65_HS1-834228961_62-HQ-83894_Section_6
Agency: FBI
Page 210
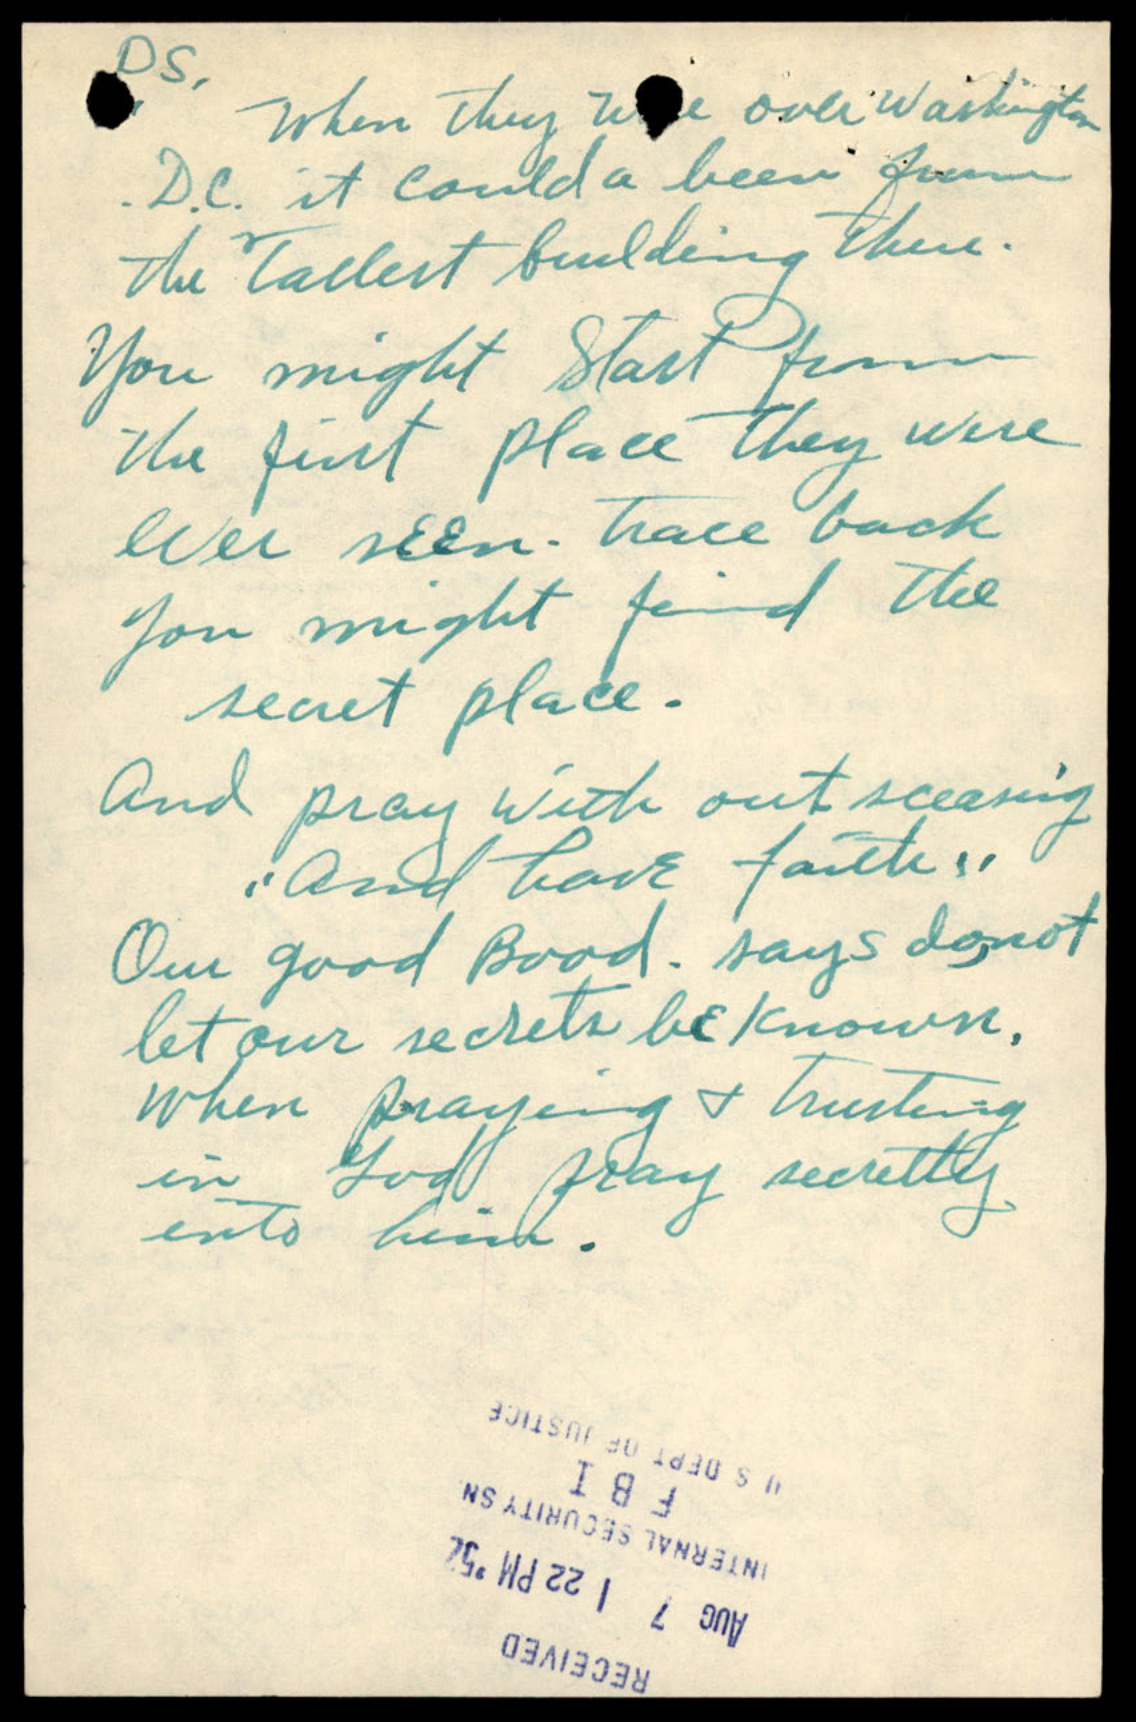